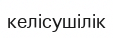
келісушілік